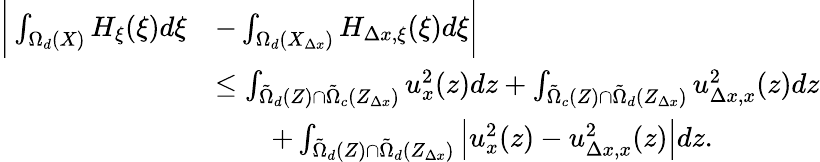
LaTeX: \begin{array}{rl}{\bigg|\int_{\Omega_{d}(X)}H_{\xi}(\xi)d\xi}&{-\int_{\Omega_{d}(X_{\Delta x})}H_{\Delta x,\xi}(\xi)d\xi\bigg|}\\ &{\leq\int_{\tilde{\Omega}_{d}(Z)\cap\tilde{\Omega}_{c}(Z_{\Delta x})}u_{x}^{2}(z)dz+\int_{\tilde{\Omega}_{c}(Z)\cap\tilde{\Omega}_{d}(Z_{\Delta x})}u_{\Delta x,x}^{2}(z)dz}\\ &{\qquad+\int_{\tilde{\Omega}_{d}(Z)\cap\tilde{\Omega}_{d}(Z_{\Delta x})}\left|u_{x}^{2}(z)-u_{\Delta x,x}^{2}(z)\right|dz.}\end{array}